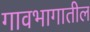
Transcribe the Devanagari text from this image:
गावभागातील